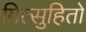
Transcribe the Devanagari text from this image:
मित्सुहितो